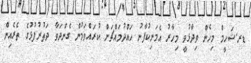
ޑރ.ޝަހީމް މިހެން ވިދާޅުވީ މިހާރު އެމަނިކުފާނު ހައްދުމައްޗަށް ކުރައްވަމުން ގެންދަވާ ދަތުރުފުޅުގެ ތެރެއިން